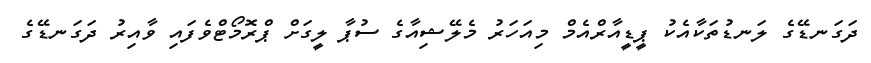
ދަގަނޑޭގެ ލަނޑުތަކާއެކު ޕީޑީއާރްއެމް މިއަހަރު މެލޭޝިއާގެ ސުޕާ ލީގަށް ޕްރޮމޯޓްވެފައި ވާއިރު ދަގަނޑޭގެ